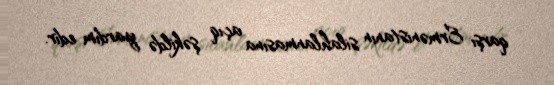
qarşı Ermənistanın silahlanmasına açıq şəkildə yardım edir.